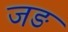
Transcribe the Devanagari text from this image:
जङ